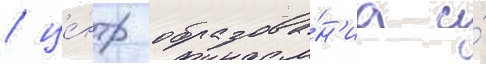
/ це́нтр образова́н'иа и́